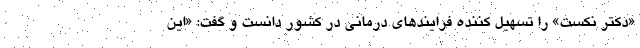
«دکتر نکست» را تسهیل کننده فرایندهای درمانی در کشور دانست و گفت: «این